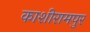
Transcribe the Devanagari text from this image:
काशीरामपुर